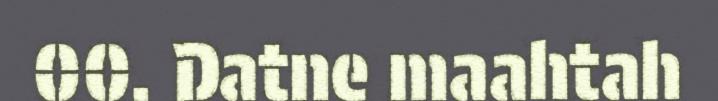
00. Datne maahtah